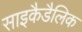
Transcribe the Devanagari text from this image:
साइकैडैलिक